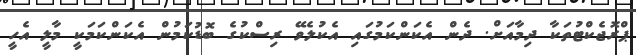
ޕްރޮޖެކްޓުތަކާ ދިމާއަށް. ދެން އެކަންކަމުގައި އެކުލެވޭ ރިސްކުގެ ބޮޑުކަމުން އެކަންކަމަކީ މާލީ އެހީ